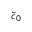
\tilde { c } _ { 0 }